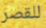
للقصر